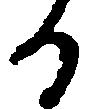
る